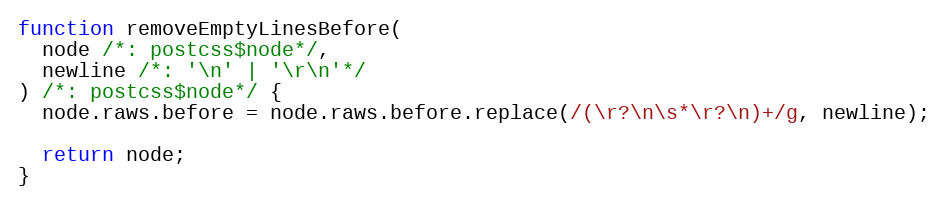
Language: JavaScript
function removeEmptyLinesBefore(
  node /*: postcss$node*/,
  newline /*: '\n' | '\r\n'*/
) /*: postcss$node*/ {
  node.raws.before = node.raws.before.replace(/(\r?\n\s*\r?\n)+/g, newline);

  return node;
}